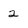
Character: 2